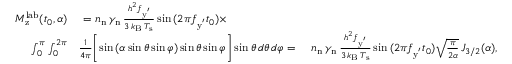
\begin{array} { r l r } { M _ { \mathrm { z } } ^ { \mathrm { l a b } } ( { t _ { 0 } , \alpha } ) } & { ~ { = } ~ n _ { \mathrm { n } } \, \gamma _ { \mathrm { n } } \, \frac { h ^ { 2 } f _ { \mathrm { y ^ { ' } } } } { 3 \, k _ { \mathrm { B } } \, T _ { \mathrm { s } } } \sin { ( 2 \pi f _ { \mathrm { y ^ { ' } } } t _ { 0 } ) } \times } \\ { \int _ { 0 } ^ { \pi } \int _ { 0 } ^ { 2 \pi } } & { \frac { 1 } { 4 \pi } \biggl [ \sin { ( \alpha \sin { \theta } \sin { \varphi } ) } \sin { \theta } \sin { \varphi } \biggr ] \sin { \theta } \, d \theta \, d \varphi \ { = } ~ } & { n _ { \mathrm { n } } \, \gamma _ { \mathrm { n } } \, \frac { h ^ { 2 } f _ { \mathrm { y ^ { ' } } } } { 3 \, k _ { \mathrm { B } } \, T _ { \mathrm { s } } } \sin { ( 2 \pi f _ { \mathrm { y ^ { ' } } } t _ { 0 } ) } \sqrt { \frac { \pi } { 2 \alpha } } \, J _ { 3 / 2 } ( \alpha ) , } \end{array}